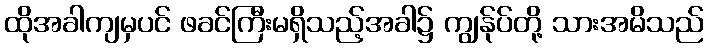
ထိုအခါကျမှပင် ဖခင်ကြီးမရှိသည့်အခါ၌ ကျွန်ုပ်တို့ သားအမိသည်